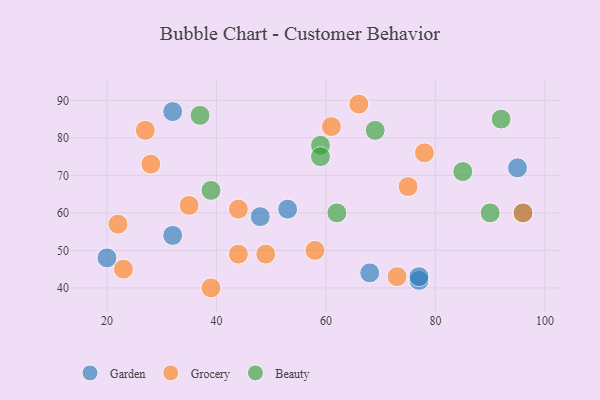
{"axis": {"x": "GDP", "y": "Life Expectancy"}, "legend": ["Beauty", "Garden", "Grocery"], "data": [{"x": "53", "y": 61, "type": "Garden"}, {"x": "68", "y": 44, "type": "Garden"}, {"x": "96", "y": 60, "type": "Garden"}, {"x": "95", "y": 72, "type": "Garden"}, {"x": "32", "y": 54, "type": "Garden"}, {"x": "20", "y": 48, "type": "Garden"}, {"x": "48", "y": 59, "type": "Garden"}, {"x": "77", "y": 42, "type": "Garden"}, {"x": "32", "y": 87, "type": "Garden"}, {"x": "77", "y": 43, "type": "Garden"}, {"x": "44", "y": 49, "type": "Grocery"}, {"x": "27", "y": 82, "type": "Grocery"}, {"x": "28", "y": 73, "type": "Grocery"}, {"x": "35", "y": 62, "type": "Grocery"}, {"x": "58", "y": 50, "type": "Grocery"}, {"x": "78", "y": 76, "type": "Grocery"}, {"x": "22", "y": 57, "type": "Grocery"}, {"x": "73", "y": 43, "type": "Grocery"}, {"x": "96", "y": 60, "type": "Grocery"}, {"x": "49", "y": 49, "type": "Grocery"}, {"x": "61", "y": 83, "type": "Grocery"}, {"x": "23", "y": 45, "type": "Grocery"}, {"x": "39", "y": 40, "type": "Grocery"}, {"x": "44", "y": 61, "type": "Grocery"}, {"x": "75", "y": 67, "type": "Grocery"}, {"x": "66", "y": 89, "type": "Grocery"}, {"x": "37", "y": 86, "type": "Beauty"}, {"x": "59", "y": 78, "type": "Beauty"}, {"x": "39", "y": 66, "type": "Beauty"}, {"x": "62", "y": 60, "type": "Beauty"}, {"x": "85", "y": 71, "type": "Beauty"}, {"x": "92", "y": 85, "type": "Beauty"}, {"x": "69", "y": 82, "type": "Beauty"}, {"x": "90", "y": 60, "type": "Beauty"}, {"x": "59", "y": 75, "type": "Beauty"}]}